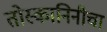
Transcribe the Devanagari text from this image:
तोस्कानिनीचा